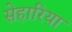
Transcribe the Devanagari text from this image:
सेहारिया